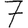
Digit: 7